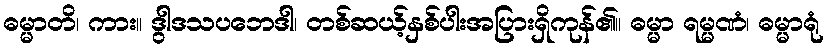
ဓမ္မာတိ၊ ကား။ ဒွါဒသပဘေဒါ၊ တစ်ဆယ့်နှစ်ပါးအပြားရှိကုန်၏။ ဓမ္မာ ရမ္မဏံ၊ ဓမ္မာရုံ